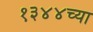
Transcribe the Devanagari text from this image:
१३४४च्या